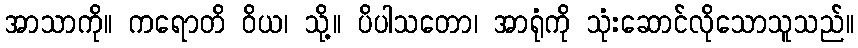
အာသာကို။ ကရောတိ ဝိယ၊ သို့။ ပိပါသတော၊ အာရုံကို သုံးဆောင်လိုသောသူသည်။